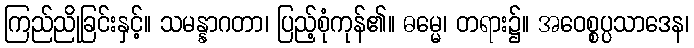
ကြည်ညိုခြင်းနှင့်။ သမန္နာဂတာ၊ ပြည့်စုံကုန်၏။ ဓမ္မေ၊ တရား၌။ အဝေစ္စပ္ပသာဒေန၊